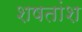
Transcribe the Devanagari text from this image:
शषतांश